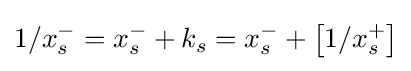
1/x_{s}^{-}=x_{s}^{-}+k_{s}=x_{s}^{-}+\left[1/x_{s}^{+}\right]